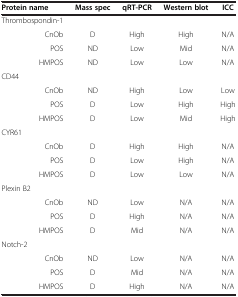
<table><thead><tr><td><b>Protein name</b></td><td><b>Mass spec</b></td><td><b>qRT-PCR</b></td><td><b>Western blot</b></td><td><b>ICC</b></td></tr></thead><tbody><tr><td>Thrombospondin-1</td><td> </td><td> </td><td> </td><td> </td></tr><tr><td>CnOb</td><td>D</td><td>High</td><td>High</td><td>N/A</td></tr><tr><td>POS</td><td>ND</td><td>Low</td><td>Mid</td><td>N/A</td></tr><tr><td>HMPOS</td><td>ND</td><td>Low</td><td>Low</td><td>N/A</td></tr><tr><td>CD44</td><td> </td><td> </td><td> </td><td> </td></tr><tr><td>CnOb</td><td>ND</td><td>High</td><td>Low</td><td>Low</td></tr><tr><td>POS</td><td>D</td><td>Low</td><td>High</td><td>High</td></tr><tr><td>HMPOS</td><td>D</td><td>Low</td><td>Mid</td><td>High</td></tr><tr><td>CYR61</td><td> </td><td> </td><td> </td><td> </td></tr><tr><td>CnOb</td><td>D</td><td>High</td><td>High</td><td>N/A</td></tr><tr><td>POS</td><td>D</td><td>Low</td><td>High</td><td>N/A</td></tr><tr><td>HMPOS</td><td>D</td><td>Low</td><td>Low</td><td>N/A</td></tr><tr><td>Plexin B2</td><td> </td><td> </td><td> </td><td> </td></tr><tr><td>CnOb</td><td>ND</td><td>Low</td><td>N/A</td><td>N/A</td></tr><tr><td>POS</td><td>D</td><td>High</td><td>N/A</td><td>N/A</td></tr><tr><td>HMPOS</td><td>D</td><td>Mid</td><td>N/A</td><td>N/A</td></tr><tr><td>Notch-2</td><td> </td><td> </td><td> </td><td> </td></tr><tr><td>CnOb</td><td>ND</td><td>Low</td><td>N/A</td><td>N/A</td></tr><tr><td>POS</td><td>D</td><td>Mid</td><td>N/A</td><td>N/A</td></tr><tr><td>HMPOS</td><td>D</td><td>High</td><td>N/A</td><td>N/A</td></tr></tbody></table>